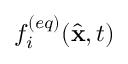
f _ { i } ^ { ( e q ) } ( \hat { { \bf x } } , t )